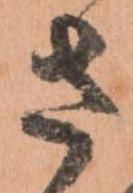
さ